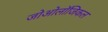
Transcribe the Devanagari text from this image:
जोओलॉजिकल